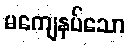
မကျေနပ်သော